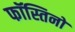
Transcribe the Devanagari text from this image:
फॉस्तिनो